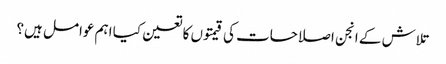
تلاش کے انجن اصلاحات کی قیمتوں کا تعین کیا اہم عوامل ہیں؟